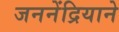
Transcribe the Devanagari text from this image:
जननेंद्रियाने